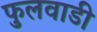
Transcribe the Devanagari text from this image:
फुलवाडी